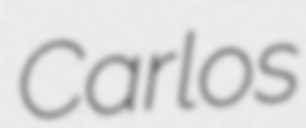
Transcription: Carlos